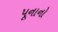
પૂનાનો